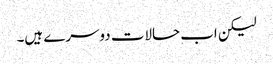
لیکن اب حالات دوسرے ہیں۔